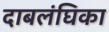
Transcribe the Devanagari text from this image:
दाबलंघिका